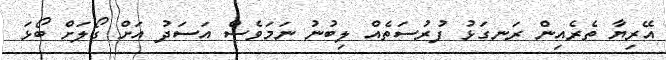
އޭރިޔާ ތެރެއިން ރަނގަޅު ފުރުސަތެއް ލިބުނު ނަމަވެސް އަސަދު އަށް ގޯލަށް ބޯޅަ